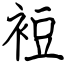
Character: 裋